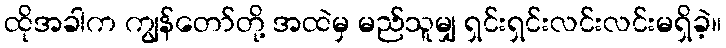
ထိုအခါက ကျွန်တော်တို့ အထဲမှ မည်သူမျှ ရှင်းရှင်းလင်းလင်းမရှိခဲ့။